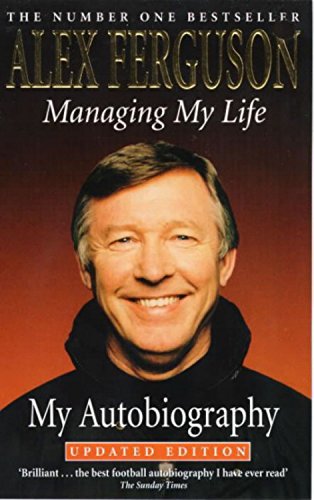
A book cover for Managing My Life: My Autobiography; Sir Alex Ferguson; Biographies & Memoirs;